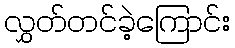
လွှတ်တင်ခဲ့ကြောင်း